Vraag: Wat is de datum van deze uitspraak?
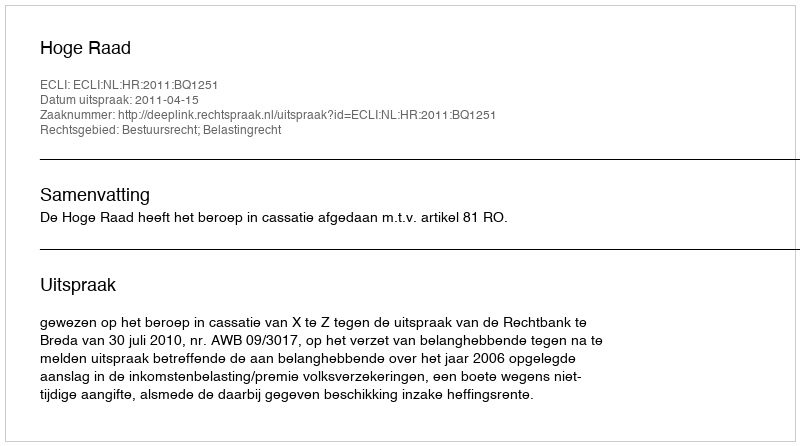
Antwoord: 2011-04-15